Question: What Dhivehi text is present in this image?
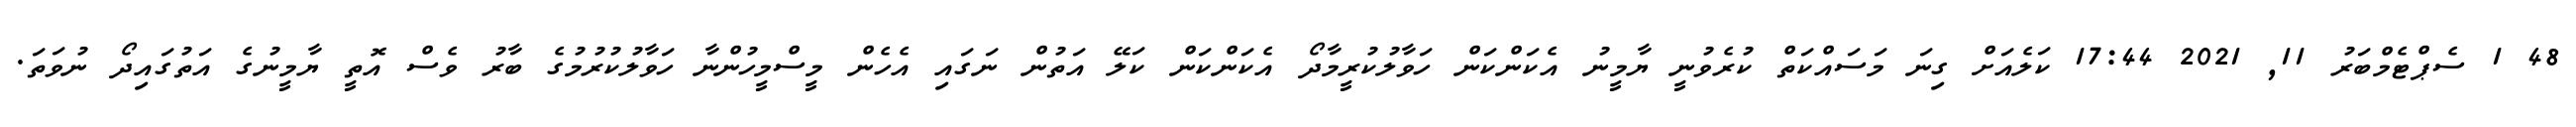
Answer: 48 1 ސެޕްޓެމްބަރު 11, 2021 17:44 ކަލެއަށް ގިނަ މަސައްކަތް ކުރެވުނީ ޔާމީނު އެކަންކަން ހަވާލުކުރީމާދޯ އެކަންކަން ކަލޭ އަތުން ނަގައި އެހެން މީސްމީހުންނާ ހަވާލުކުރުމުގެ ބާރު ވެސް އޮތީ ޔާމީނުގެ އަތުގައިދޯ ނުވަތަ.